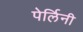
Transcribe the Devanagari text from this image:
पेर्लिनी